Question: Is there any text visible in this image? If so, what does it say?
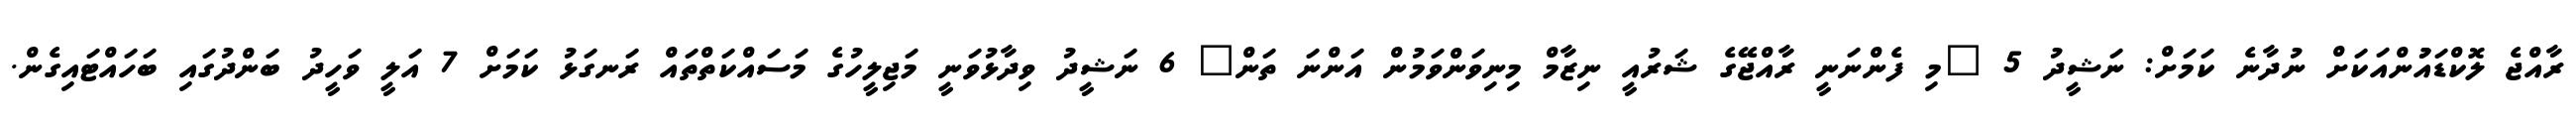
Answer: ރާއްޖެ ލޮކްޑައުުންއަކަށް ނުދާނެ ކަމަށް: ނަޝީދު 5 "މި ފެންނަނީ ރާއްޖޭގެ ޝަރުއީ ނިޒާމް މިނިވަންވަމުން އަންނަ ތަން" 6 ނަޝީދު ވިދާޅުވަނީ މަޖިލީހުގެ މަސައްކަތްތައް ރަނގަޅު ކަމަށް 7 އަލީ ވަހީދު ބަންދުގައި ބަހައްޓައިގެން.